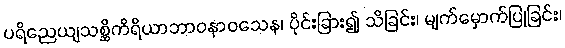
ပရိညေယျသစ္ဆိကိရိယာဘာဝနာဝသေန၊ ပိုင်းခြား၍ သိခြင်း၊ မျက်မှောက်ပြုခြင်း၊